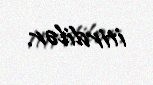
itirdilər.